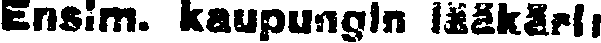
Ensim. kaupungin lääkäri: